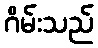
ဂိမ်းသည်